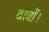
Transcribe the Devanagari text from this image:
दावों।